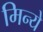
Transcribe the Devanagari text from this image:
मिन्ये